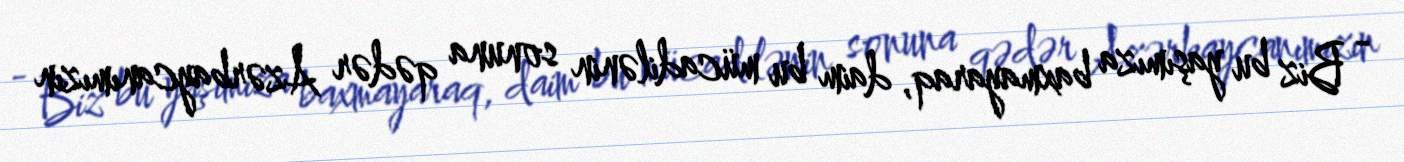
- Biz bu yaşımıza baxmayaraq, daim bu mücadilənin sonuna qədər Azərbaycanımızın